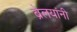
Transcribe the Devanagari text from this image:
ब्रेलयांनी